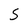
Character: S